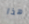
هذا